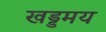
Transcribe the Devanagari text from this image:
खड्डमय